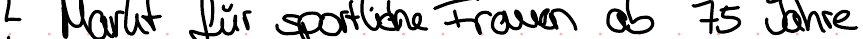
Markt für sportliche Frauen ab 75 Jahre